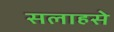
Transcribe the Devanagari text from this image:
सलाहसे